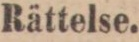
Rättelse.